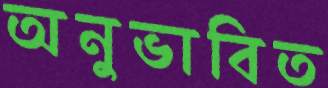
অনুভাবিত